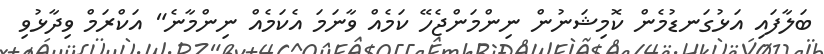
ބަލާފައި އަޅުގަނޑުމެން ކޮމިޝަނުން ނިންމަންޖެހޭ ކަމެއް ވާނަމަ އެކަމެއް ނިންމާނެ" އަކްރަމް ވިދާޅުވި